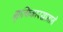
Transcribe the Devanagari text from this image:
झुल्फिकारखानाने